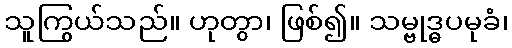
သူကြွယ်သည်။ ဟုတွာ၊ ဖြစ်၍။ သမ္ဗုဒ္ဓပမုခံ၊